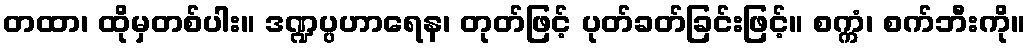
တထာ၊ ထိုမှတစ်ပါး။ ဒဏ္ဍပ္ပဟာရေန၊ တုတ်ဖြင့် ပုတ်ခတ်ခြင်းဖြင့်။ စက္ကံ၊ စက်ဘီးကို။